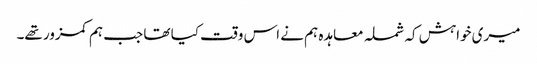
میری خواہش کہ شملہ معاہدہ ہم نے اس وقت کیا تھا جب ہم کمزور تھے۔